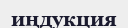
иңдукция